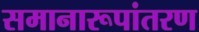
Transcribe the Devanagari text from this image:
समानारूपांतरण